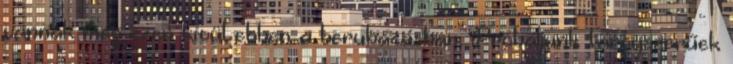
vannak még ezen kívül ebben a beruházásban. Próbáljunk tárgyszerűek